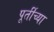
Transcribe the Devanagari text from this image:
पूर्तीच्या